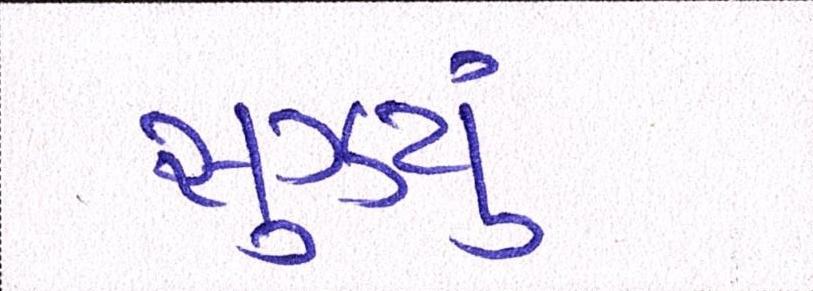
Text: સુઝયું